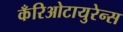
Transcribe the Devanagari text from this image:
कँरिओटायुरेन्स